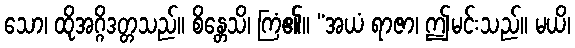
သော၊ ထိုအဂ္ဂိဒတ္တသည်။ စိန္တေသိ၊ ကြံ၏။ “အယံ ရာဇာ၊ ဤမင်းသည်။ မယိ၊